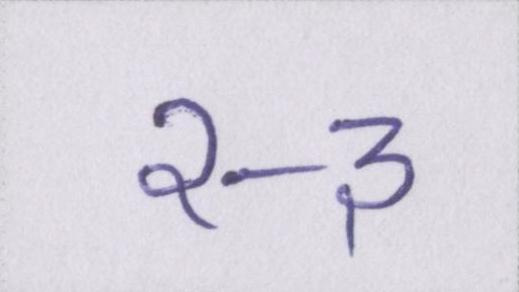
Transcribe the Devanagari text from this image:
२-३